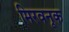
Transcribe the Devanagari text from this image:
मिरवनूक